Report on vaccination in Madras 1922-1929 - 1922-1929
Year: 1922
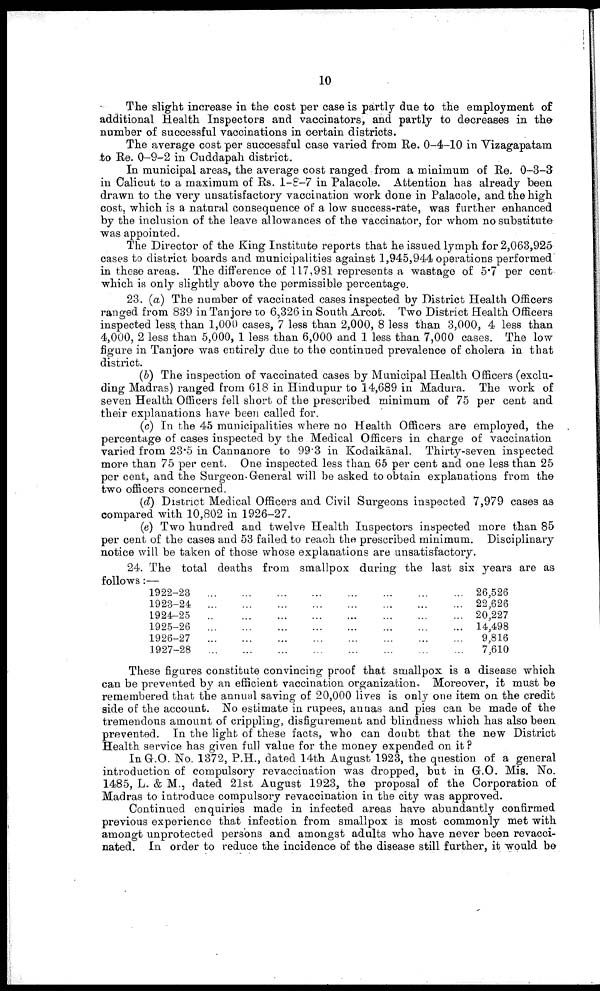
10
The slight increase in the cost per case is partly due to the employment of
additional Health Inspectors and vaccinators, and partly to decreases in the
number of successful vaccinations in certain districts.
The average cost per successful case varied from Re. 0-4-10 in Vizagapatam
to Re. 0-9-2 in Cuddapah district.
In municipal areas, the average cost ranged from a minimum of Re. 0-3-3
in Calicut to a maximum of Rs. 1-8-7 in Palacole. Attention has already been
drawn to the very unsatisfactory vaccination work done in Palacole, and the high
cost, which is a natural consequence of a low success-rate, was further enhanced
by the inclusion of the leave allowances of the vaccinator, for whom no substitute
was appointed.
The Director of the King Institute reports that he issued lymph for 2,063,925
cases to district boards and municipalities against 1,945,944 operations performed
in these areas. The difference of 117,981 represents a wastage of 5.7 per cent
which is only slightly above the permissible percentage.
23. (a) The number of vaccinated cases inspected by District Health Officers
ranged from 839 in Tanjore to 6,326 in South Arcot. Two District Health Officers
inspected less than 1,000 cases, 7 less than 2,000, 8 less than 3,000, 4 less than
4,000, 2 less than 5,000, 1 less than 6,000 and 1 less than 7,000 cases. The low
figure in Tanjore was entirely due to the continued prevalence of cholera in that
district.
(b) The inspection of vaccinated cases by Municipal Health Officers (exclu
ding Madras) ranged from 618 in Hindupur to 14,689 in Madura. The work of
seven Health Officers fell short of the prescribed minimum of 75 per cent and
their explanations have been called for.
(c) In the 45 municipalities where no Health Officers are employed, the
percentage of cases inspected by the Medical Officers in charge of vaccination
varied from 23.5 in Cannanore to 99.3 in Kodaikānal. Thirty-seven inspected
more than 75 per cent. One inspected less than 65 per cent and one less than 25
per cent, and the Surgeon General will be asked to obtain explanations from the
two officers concerned.
(d) District Medical Officers and Civil Surgeons inspected 7,979 cases as
compared with 10,802 in 1926-27.
(e) Two hundred and twelve Health Inspectors inspected more than 85
per cent of the cases and 53 failed to reach the prescribed minimum. Disciplinary
notice will be taken of those whose explanations are unsatisfactory.
24. The total deaths from smallpox during the last six years are as
follows:-
1922-23
...
...
...
...
...
...
...
...
1923-24
...
...
...
...
...
...
...
1924-25
...
...
...
...
...
...
...
1925-26
...
...
...
...
...
...
...
1926-27
...
...
...
...
...
...
...
1927-28
...
...
...
...
...
...
...
26,526
22,626
20,227
14,498
9,816
7,610
These figures constitute convincing proof that smallpox is a disease which
can be prevented by an efficient vaccination organization. Moreover, it must be
remembered that the annual saving of 20,000 lives is only one item on the credit
side of the account. No estimate in rupees, annas and pies can be made of the
tremendous amount of crippling, disfigurement and blindness which has also been
prevented. In the light of these facts, who can doubt that the new District
Health service has given full value for the money expended on it?
In G.O. No. 1372, P.H., dated 14th August 1923, the question of a general
introduction of compulsory revaccination was dropped, but in G.O. Mis. No.
1485, L. & M., dated 21st August 1923, the proposal of the Corporation of
Madras to introduce compulsory revaccination in the city was approved.
Continued enquiries made in infected areas have abundantly confirmed
previous experience that infection from smallpox is most commonly met with
amongt unprotected persons and amongst adults who have never been revacci-
nated. In order to reduce the incidence of the disease still further, it would be